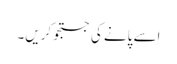
اِسے پانے کی جستجو کریں۔